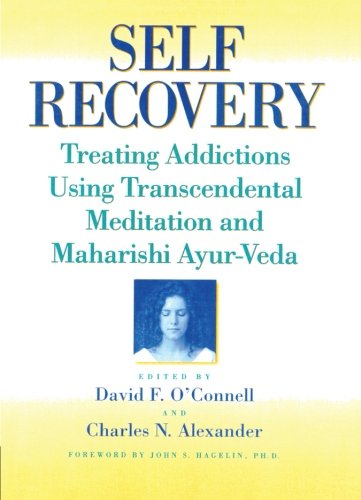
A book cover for Self-Recovery: Treating Addictions Using Transcendental Meditation and Maharishi Ayur-Veda; David F O'Connell; Health, Fitness & Dieting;